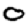
Digit: 0